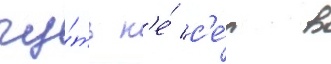
чу́ть н'е́ с'е́л в